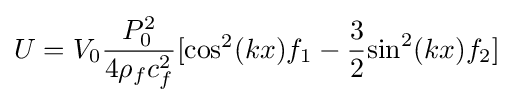
U={V_{0}}{{P_{0}^{2}} \over {4{\rho _{f}}c_{f}^{2}}}[{\cos ^{2}}(kx){f_{1}}-{3 \over 2}{\sin ^{2}}(kx){f_{2}}]